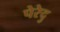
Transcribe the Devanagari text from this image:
पेरेदु